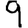
Digit: 9